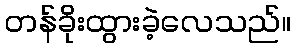
တန်ခိုးထွားခဲ့လေသည်။